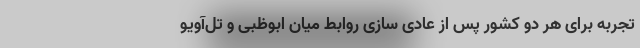
تجربه برای هر دو کشور پس از عادی سازی روابط میان ابوظبی و تل‌آویو